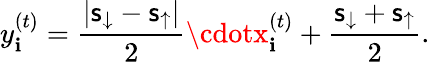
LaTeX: y_{\mathbf{i}}^{(t)}=\frac{{|\mathsf{{s}}_{\downarrow}-\mathsf{{s}}_{\uparrow}|}}{{2}}\cdotx_{\mathbf{i}}^{(t)}+\frac{{\mathsf{{s}}_{\downarrow}+\mathsf{{s}}_{\uparrow}}}{{2}}.